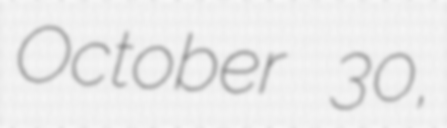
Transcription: October 30,